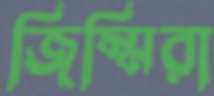
জিম্মিরা